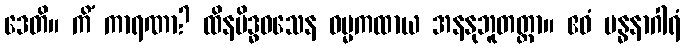
ဒေတိ။ ကိံ ကာရဏာ? ထိနမိဒ္ဓဝသေန ဓမ္မကထာယ အနနုဘူတတ္တာ။ ဧဝံ ဗန္ဓနာဂါရံ